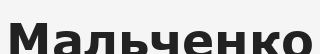
Мальченко